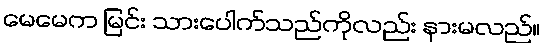
မေမေက မြင်း သားပေါက်သည်ကိုလည်း နားမလည်။